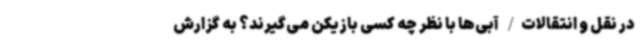
در نقل و انتقالات/ آبی‌ها با نظر چه کسی بازیکن می‌گیرند؟ به گزارش